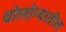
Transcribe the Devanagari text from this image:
बोलोन्यातील